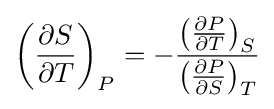
\left({\frac {\partial S}{\partial T}}\right)_{P}=-{\frac {\left({\frac {\partial P}{\partial T}}\right)_{S}}{\left({\frac {\partial P}{\partial S}}\right)_{T}}}